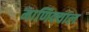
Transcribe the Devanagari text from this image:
माणिक्याल